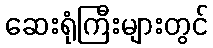
ဆေးရုံကြီးများတွင်